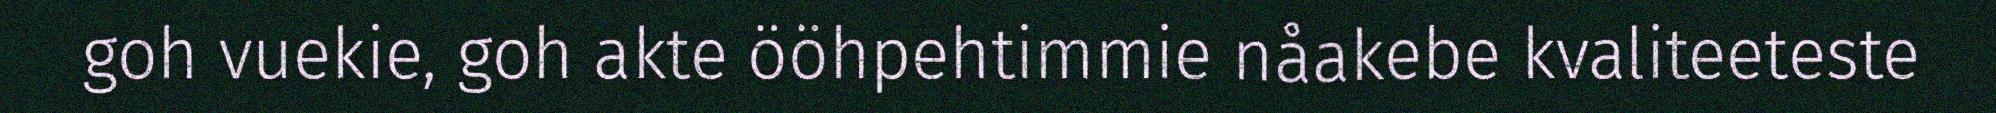
goh vuekie, goh akte ööhpehtimmie nåakebe kvaliteeteste